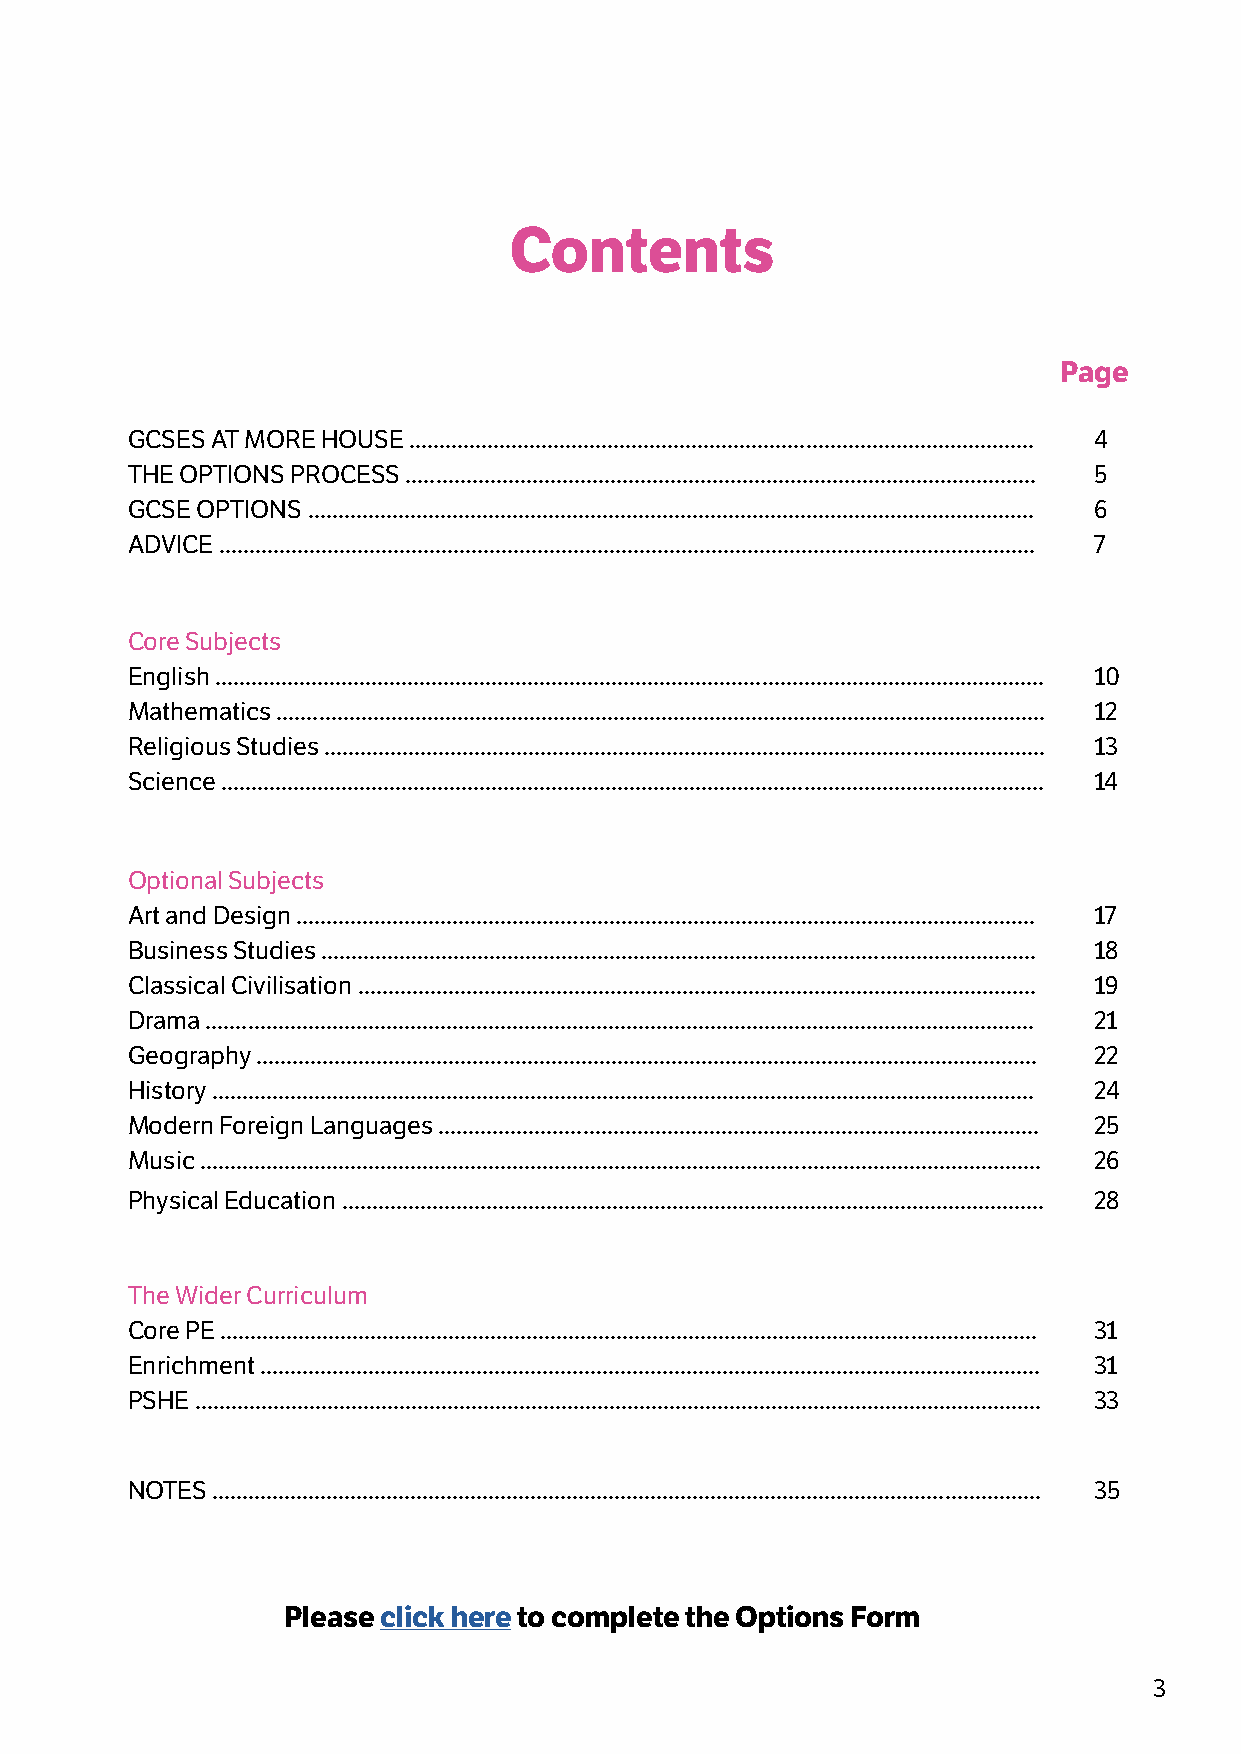
Contents
 Page
 GCSES AT MORE HOUSE ........................................................................................................ 4
 THE OPTIONS PROCESS ......................................................................................................... 5
 GCSE OPTIONS ......................................................................................................................... 6
 ADVICE ........................................................................................................................................ 7
 Core Subjects
 English .......................................................................................................................................... 10
 Mathematics ................................................................................................................................ 12
 Religious Studies ........................................................................................................................ 13
 Science ......................................................................................................................................... 14
 Optional Subjects
 Art and Design ........................................................................................................................... 17
 Business Studies ....................................................................................................................... 18
 Classical Civilisation ................................................................................................................. 19
 Drama .......................................................................................................................................... 21
 Geography .................................................................................................................................. 22
 History ......................................................................................................................................... 24
 Modern Foreign Languages .................................................................................................... 25
 Music ............................................................................................................................................ 26
 Physical Education ..................................................................................................................... 28
 The Wider Curriculum
 Core PE ........................................................................................................................................ 31
 Enrichment .................................................................................................................................. 31
 PSHE ............................................................................................................................................. 33
 NOTES .......................................................................................................................................... 35
 Please click here to complete the Options Form
 3